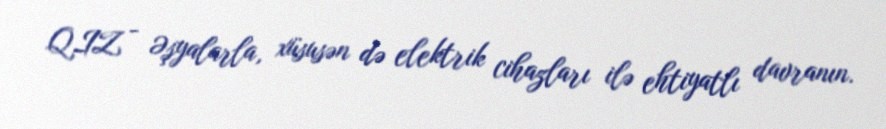
QIZ - Əşyalarla, xüsusən də elektrik cihazları ilə ehtiyatlı davranın.